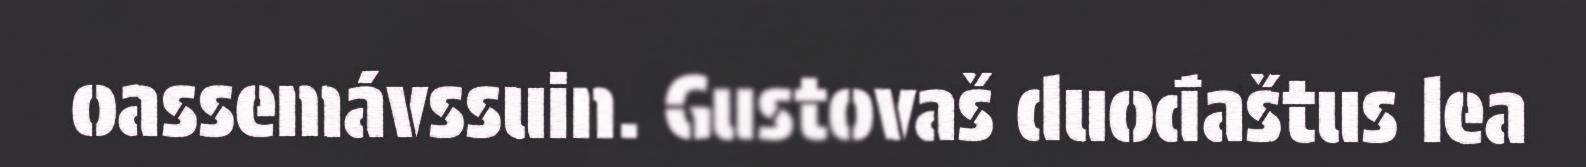
oassemávssuin. Gustovaš duođaštus lea